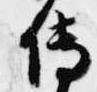
伝